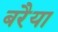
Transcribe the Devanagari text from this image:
बरैया